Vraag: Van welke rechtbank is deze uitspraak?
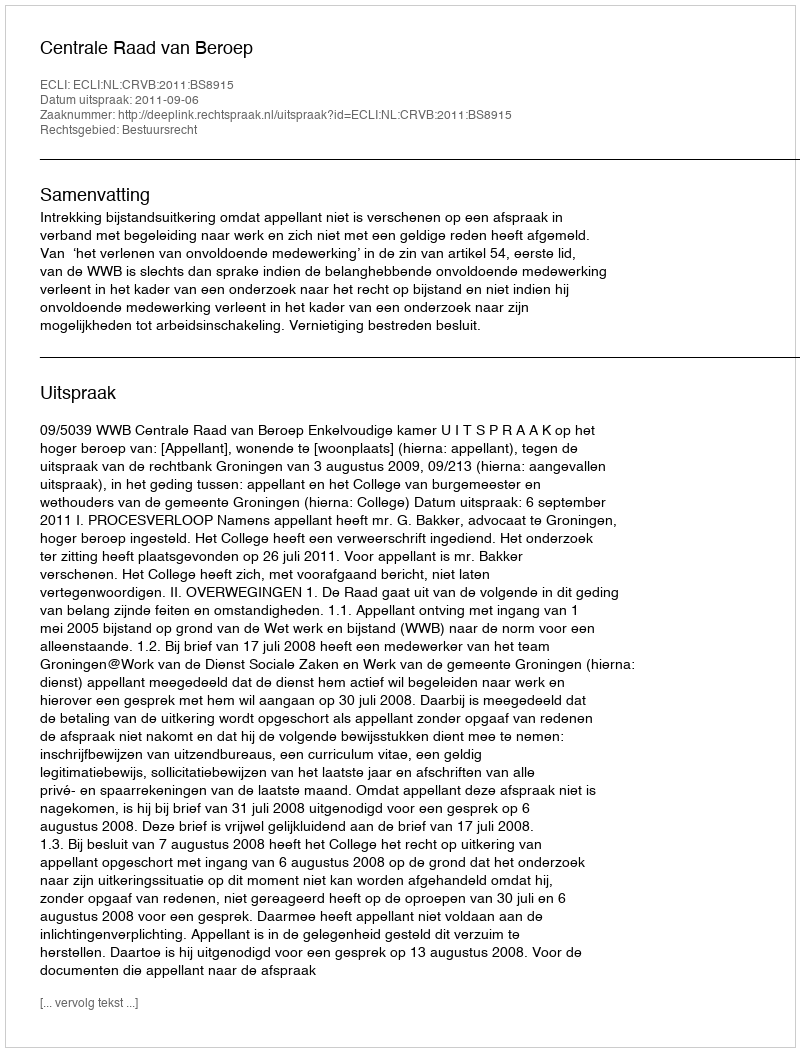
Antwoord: Centrale Raad van Beroep